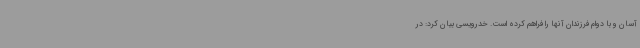
آسان و با دوام فرزندان آنها را فراهم کرده است. خدرویسی بیان کرد: در